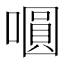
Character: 𭋋